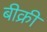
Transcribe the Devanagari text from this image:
बीक्री